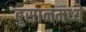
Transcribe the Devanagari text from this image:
बुसानमध्ये